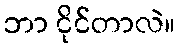
ဘာ ငိုင်တာလဲ။